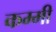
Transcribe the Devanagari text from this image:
कम्मी